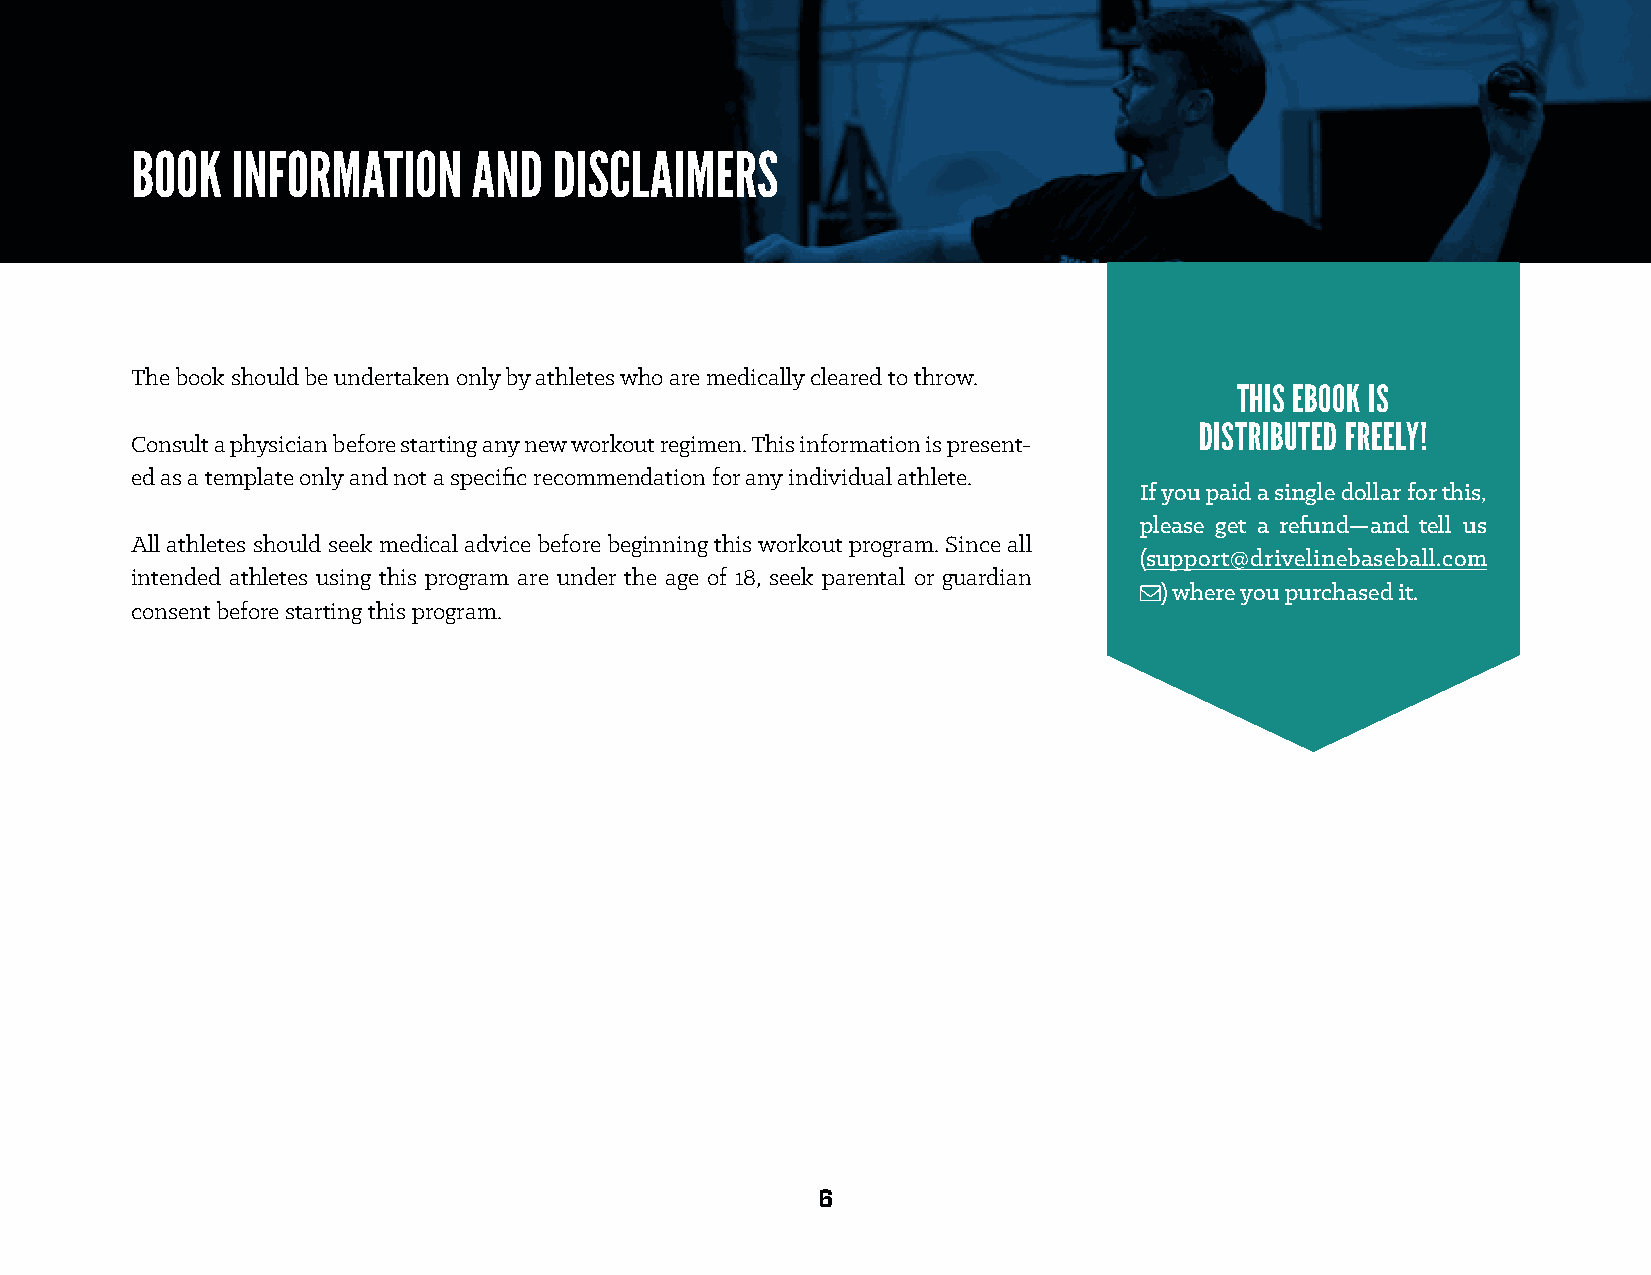
BOOK  INFORMATION     AND   DISCLAIMERS
 The book should be undertaken only by athletes who are medically cleared to throw.
 THIS EBOOK IS
 DISTRIBUTED FREELY!
 Consult a physician before starting any new workout regimen. This information is present-
 ed as a template only and not a specific recommendation for any individual athlete.
 If you paid a single dollar for this,
 please get a refund—and tell us
 All athletes should seek medical advice before beginning this workout program. Since all
 (support@drivelinebaseball.com
 intended athletes using this program are under the age of 18, seek parental or guardian
 ) where you purchased it.
 consent before starting this program.
 6